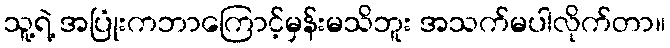
သူ့ရဲ့ အပြုံးကဘာကြောင့်မှန်းမသိဘူး အသက်မပါလိုက်တာ။